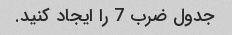
جدول ضرب 7 را ایجاد کنید.